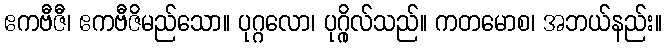
ဧကဗီဇီ၊ ဧကဗီဇိမည်သော။ ပုဂ္ဂလော၊ ပုဂ္ဂိုလ်သည်။ ကတမောစ၊ အဘယ်နည်း။